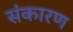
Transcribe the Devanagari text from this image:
संकारण